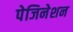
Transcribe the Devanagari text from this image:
पेजिनेशन